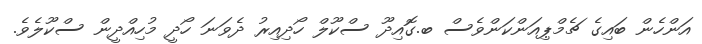
އަންހެން ބައިގެ ޗެމްޕިއަންކަންވެސް ބ.ގޮއިދޫ ސްކޫލް ހޯދިއިރު ދެވަނަ ހޯދީ މުހިއްދީން ސްކޫލެވެ.